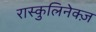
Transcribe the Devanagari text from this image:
रास्कुलिनेक्ज़